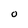
Character: O